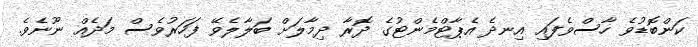
ކަންބޮޑުވެ ހާސްވެފައި އިނދެ އެޕާޓްމެންޓުގެ ދޮރާ ދިމާލަށް ބަލާލެވޭ ފަހަރުވެސް މަދެއް ނޫނެވެ.